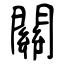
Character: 關